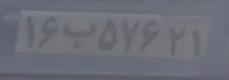
۱۶ب۵۷۶۲۱